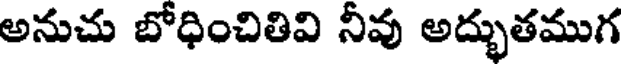
అనుచు బోధించితివి నీవు అద్భుతముగ